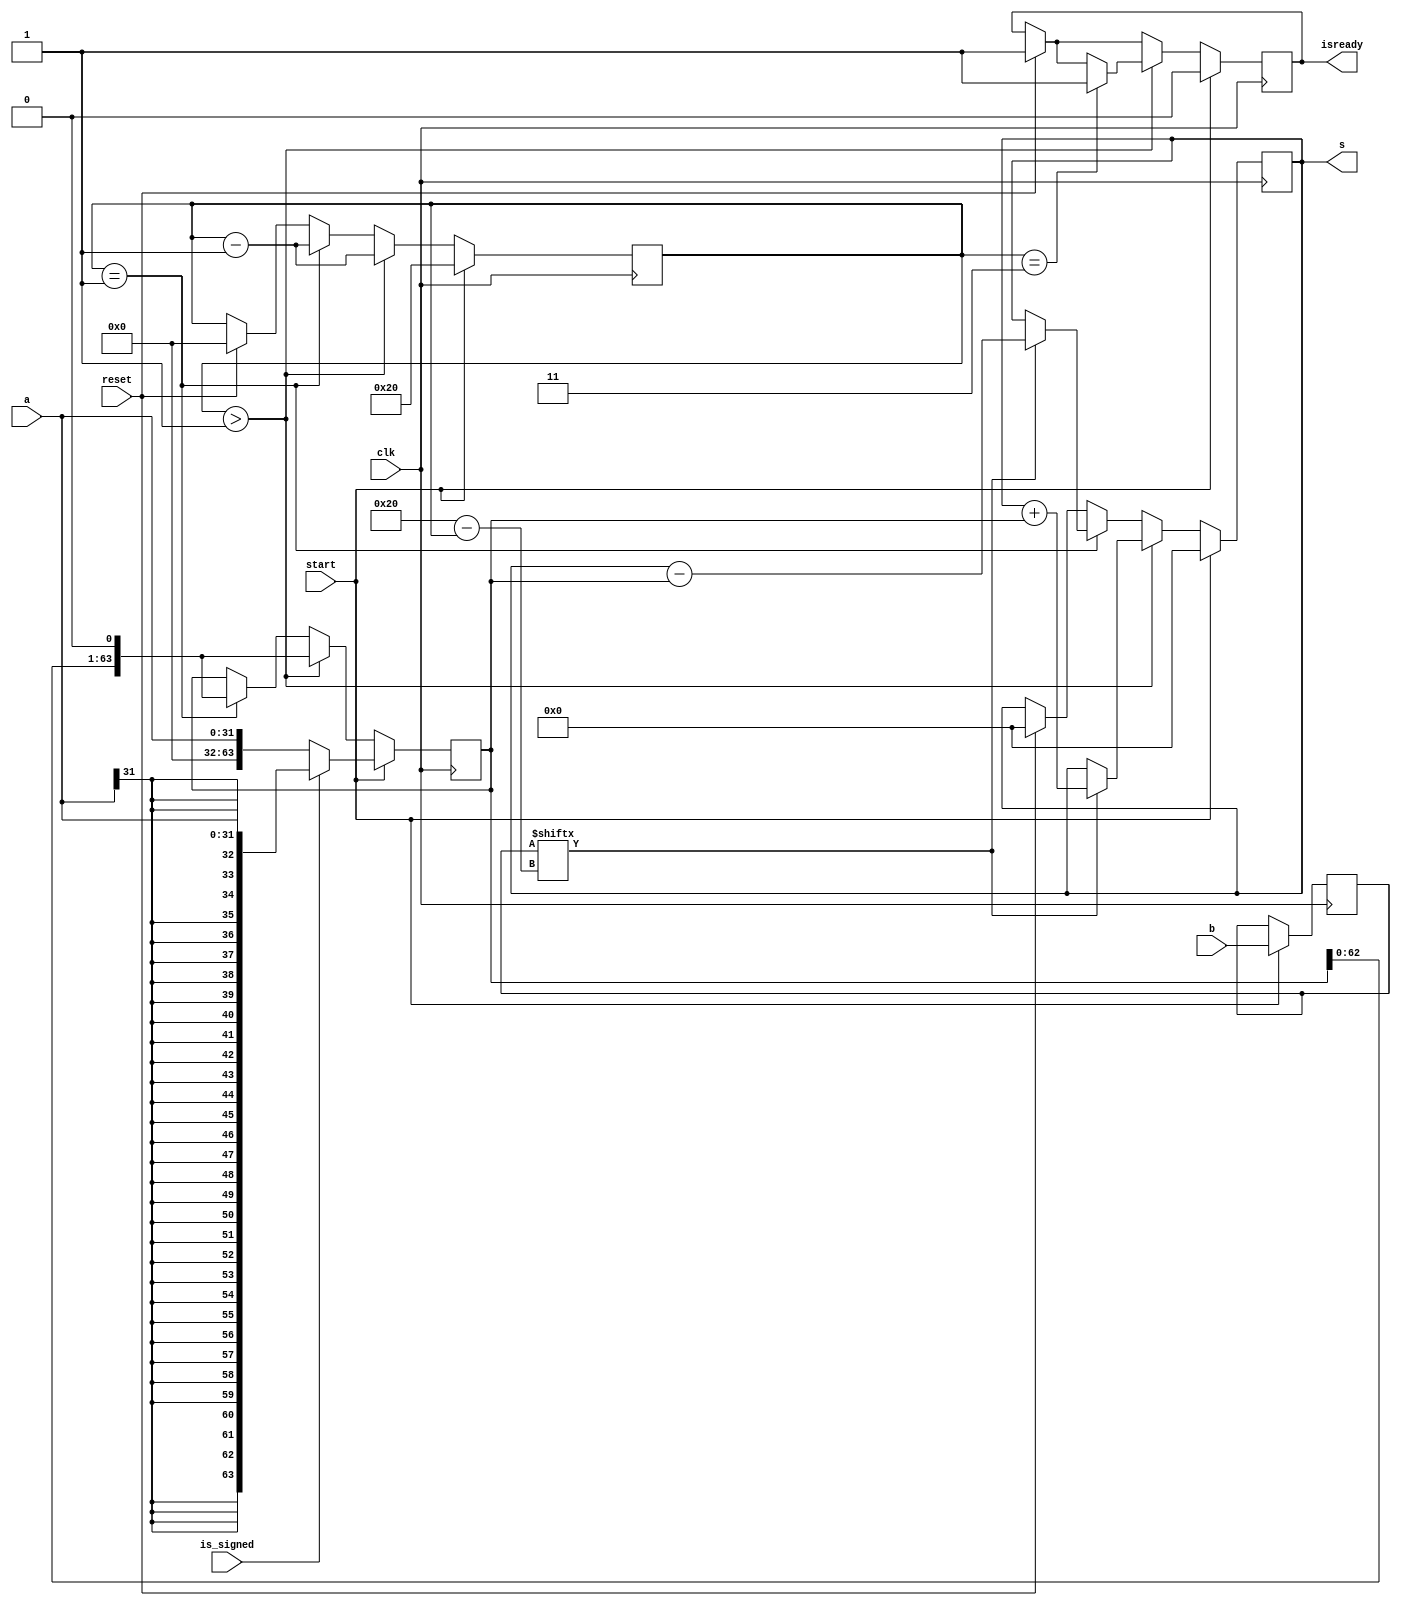


module laji_mult(input [31:0] a, input [31:0] b, input clk, input reset, input start, input is_signed, output [63:0] s, output reg isready);

	reg [63:0] Asign;
	reg [31:0] Bsign;
	reg [63:0] outsigned;
	
	reg [31:0] laji_counter;
	assign s = outsigned;
	always @(posedge clk) begin
		if(reset) begin
			laji_counter <= 0;
			isready <= 1;
			outsigned <= 0;
		end
		if(start) begin
			laji_counter <= 32;
			Asign <= is_signed ? {{32{a[31]}}, a} : {32'b0,a};
			Bsign <= b;
			outsigned <= 0;
			isready <= 0;
		end
		else if(laji_counter > 1) begin
			if(Bsign[32-laji_counter]) outsigned <= outsigned + Asign;
			else outsigned <= outsigned;
			Asign <= {Asign[62:0],1'b0};
			laji_counter <= laji_counter - 1;
			if(laji_counter == 3) isready <= 1;
		end
		else if(laji_counter == 1) begin
			if(Bsign[32-laji_counter]) outsigned <= outsigned - Asign;
			else outsigned <= outsigned;
			Asign <= {Asign[62:0],1'b0};
			laji_counter <= laji_counter - 1;
			//isready <= 1;
		end
	end

endmodule


/*

tiancai_mult(input [31:0] a, input [31:0] b, input clk, input reset, input start, 
		input is_signed, output [63:0] s, output reg isready)

wire [30:0] preA, preB;


assign preA = a[30:0];
assign preB = b[30:0];

reg [63:0] temp;
reg [31:0] counter;
reg [63:0] out;

assign s = out;

always @(posedge clk) begin
		if(reset) begin
			counter <= 0;
			isready <= 1;
			outsigned <= 0;
		end
		if(start) begin
			counter <= 0;
			temp <= preA & 31{preB[0]};
			
		end
		if(counter <31) begin
			counter <= counter + 1;
			temp2 <= preA & 31{}
			
		end
	end
*/